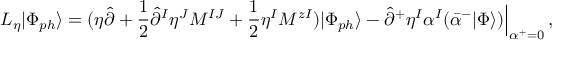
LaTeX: { \cal L } _ { \eta } | \Phi _ { p h } \rangle = ( \eta \hat { \partial } + \frac { 1 } { 2 } \hat { \partial } ^ { I } \eta ^ { J } M ^ { I J } + \frac { 1 } { 2 } \eta ^ { I } M ^ { z I } ) | \Phi _ { p h } \rangle - \hat { \partial } ^ { + } \eta ^ { I } \alpha ^ { I } ( \bar { \alpha } ^ { - } | \Phi \rangle ) \Bigr | _ { \alpha ^ { + } = 0 } ^ { \vphantom { 5 p t } } \, ,